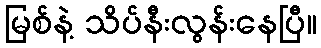
မြစ်နဲ့ သိပ်နီးလွန်းနေပြီ။